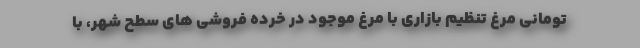
تومانی مرغ تنظیم بازاری با مرغ موجود در خرده فروشی های سطح شهر، با